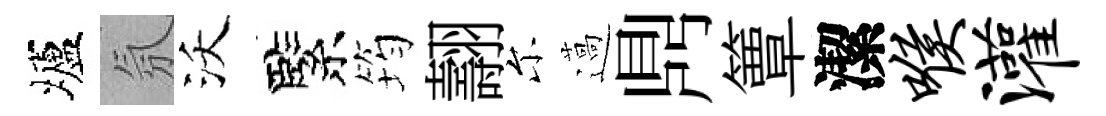
壚氛沃緊筠翿尓薖𪔂簟潔喉灌